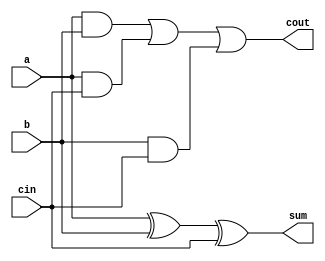
/*
* Kevin Ngo and Jacques Uber
* A full adder
*/

module fulladder(a, b, cin, sum, cout);
    input a, b, cin;
    output sum, cout;

    // Problem 13 adds delay
    assign sum = a ^ b ^ cin; // Worst case delay is 2
    assign cout = a & b | a & cin | b & cin; // Worst case delay is 3
endmodule